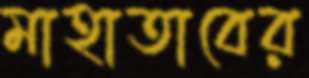
মাহাতাবের